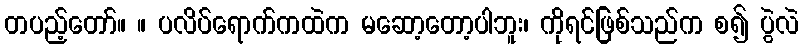
တပည့်တော်။ ။ ပလိပ်ရောက်ကထဲက မဆော့တော့ပါဘူး၊ ကိုရင်ဖြစ်သည်က စ၍ ပွဲလဲ